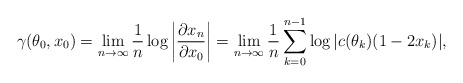
\begin{align*}\gamma(\theta_0, x_0) = \lim \limits_{n \to \infty} \frac1n \log \left| \frac{\partial x_n}{\partial x_0} \right| =\lim \limits_{n \to \infty} \frac1n \sum \limits_{k = 0}^{n-1} \log |c(\theta_k)(1-2x_k)|,\end{align*}